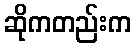
ဆိုကတည်းက